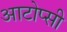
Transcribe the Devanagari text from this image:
आटोप्सी